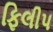
ફિલીપ